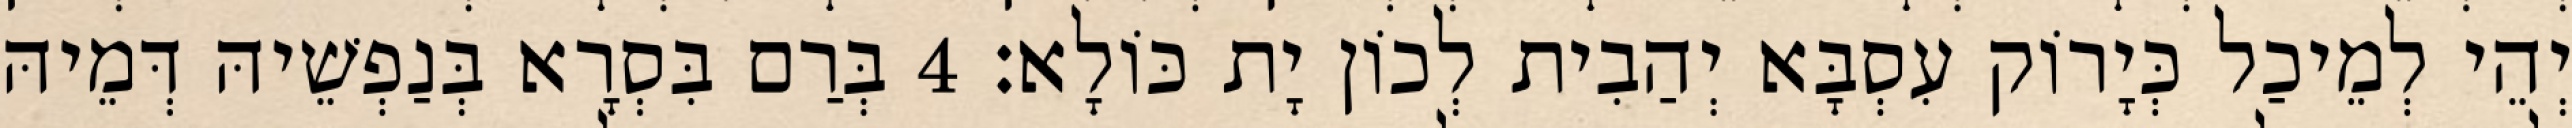
יְהֵי לְמֵיכַל כְּיָרוֹק עִסְבָּא יְהַבִית לְכוֹן יָת כּוֹלָא׃ 4 בְּרַם בִּסְרָא בְּנַפְשֵׁיהּ דְּמֵיהּ